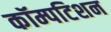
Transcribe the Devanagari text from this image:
कॉम्पटिशन